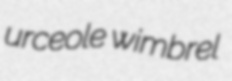
urceole wimbrel